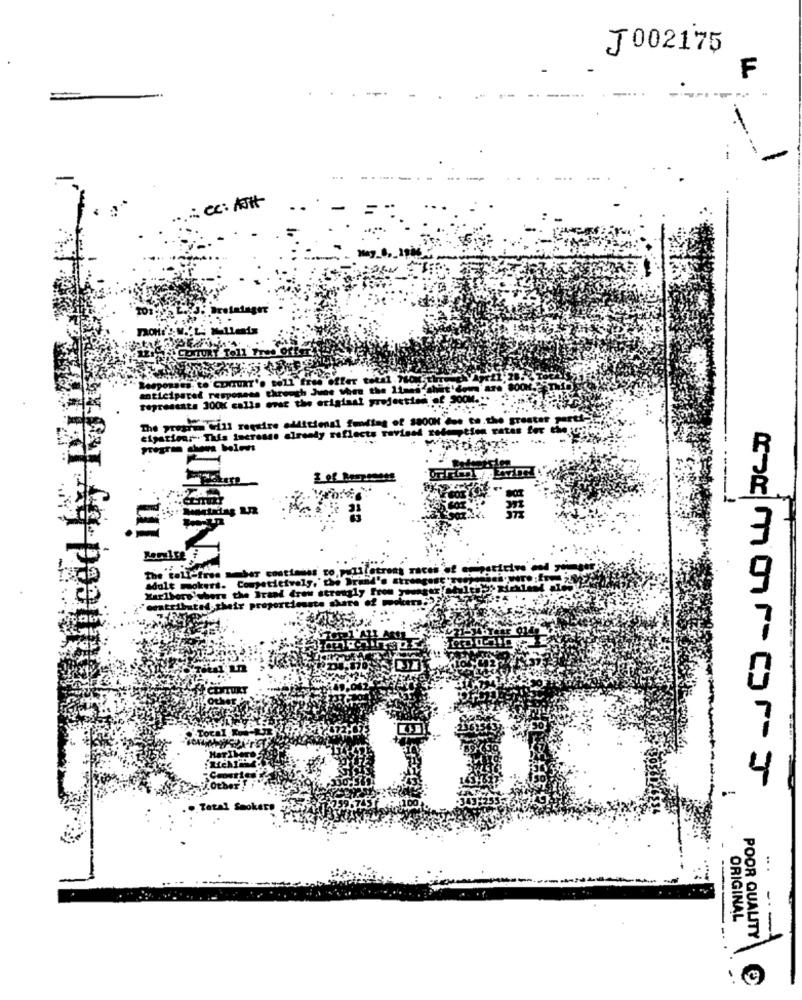
J002175
F
... cc: AH
Brote
XTU
11 free offer total Mot
satel resp
the origiast projectionof
The program Will require additional funding of 3800H due to.the greater
cipation :. This increase already reflects revised zofemption ratas for
The toll-free weber contienss to, pudifetrons race
adole mokert. Competicively, the Brand's atre
no where the Brand dro strongly from
este share of
omtributed. their propertiesst
Tatal Smokers
.. .
ORIGINAL
POOR QUALITY